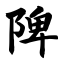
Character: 陴